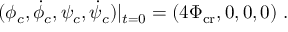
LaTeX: ( \phi _ { c } , \dot { \phi } _ { c } , \psi _ { c } , \dot { \psi } _ { c } ) | _ { t = 0 } = ( 4 \Phi _ { \mathrm { c r } } , 0 , 0 , 0 ) \; .